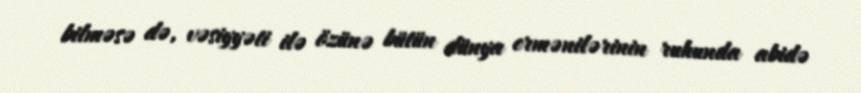
bilməsə də, vəsiyyəti ilə özünə bütün dünya ermənilərinin ruhunda abidə